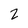
Character: 2